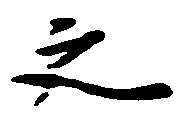
之